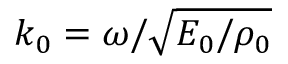
k _ { 0 } = \omega / \sqrt { E _ { 0 } / \rho _ { 0 } }